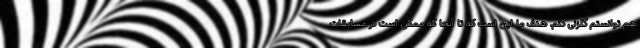
هم توانستم گلزنی کنم. هدف ما این است که تا آنجا که ممکن است در مسابقات